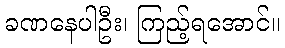
ခဏနေပါဦး၊ ကြည့်ရအောင်။